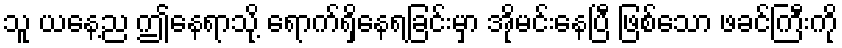
သူ ယနေ့ည ဤနေရာသို့ ရောက်ရှိနေရခြင်းမှာ အိုမင်းနေပြီ ဖြစ်သော ဖခင်ကြီးကို